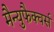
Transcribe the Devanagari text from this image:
मैन्युफैक्चर्स